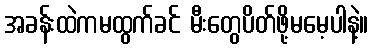
အခန်းထဲကမထွက်ခင် မီးတွေပိတ်ဖို့မမေ့ပါနဲ့။